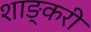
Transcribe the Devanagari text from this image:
शाङ्करी